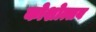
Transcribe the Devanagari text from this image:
कोशोत्सव